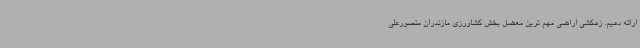
ارائه دهیم. زهکشی اراضی مهم ترین معضل بخش کشاورزی مازندران منصورعلی